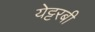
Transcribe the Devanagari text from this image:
येट्टरबी